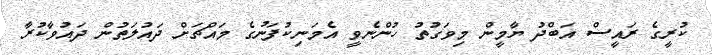
ކުރީގެ ރައީސް އަބްދު ޔާމީން މިވަގުތު ހުންނެވީ އެމަނިކުފަނުގެ މައްޗަށް ދައުލަތުން ދައުވާކުރާ